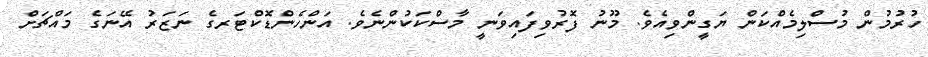
ހުރުމުން މުސްލިމެއްކަން ޔަގީންވިއެވެ. މޫނު ފޮރުވިފައިވަނީ މާސްކަކުންނެވެ. އަންހެންޑޮކްޓަރގެ ނަޒަރު އޭނަގެ މައްޗަށް